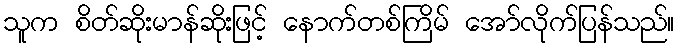
သူက စိတ်ဆိုးမာန်ဆိုးဖြင့် နောက်တစ်ကြိမ် အော်လိုက်ပြန်သည်။